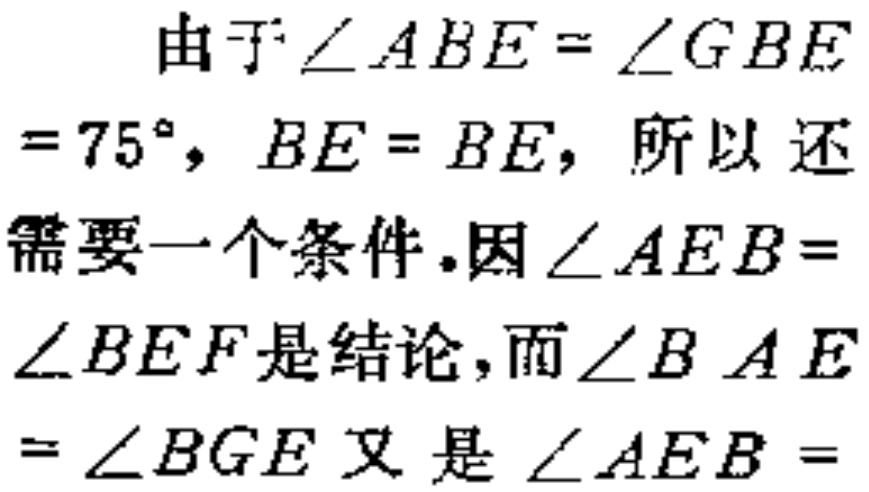
由于$\angle ABE = \angle GBE$
$= 75^{\circ}, BE = BE,$ 所以 还
需要一个条件.因$\angle AEB =$
$\angle BEF$是结论, 而$\angle BAE$
$= \angle BGE$又是$\angle AEB =$